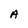
Character: A